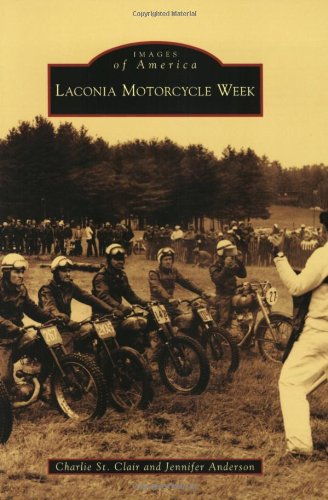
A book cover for Laconia Motorcycle Week (Images of America: New Hampshire); Charlie St. Clair; Sports & Outdoors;